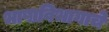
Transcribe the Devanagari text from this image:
भाषाविभागाचे